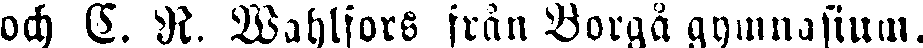
och C. N. Wahlfors från Borgå gymnasium.